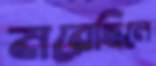
মরেছিলে